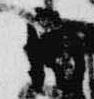
酉